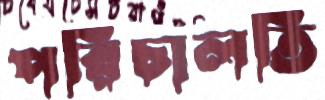
পরিচালতি